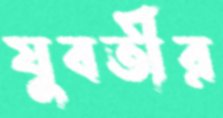
যুবতীর